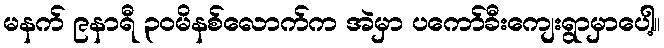
မနက် ၉နာရီ ၃ဝမိနစ်လောက်က အဲမှာ ပကော်ခီးကျေးရွာမှာပေါ့။